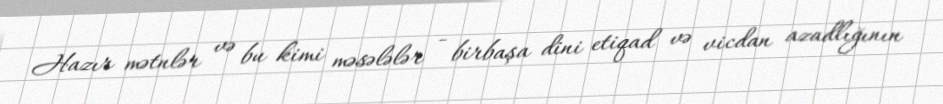
Hazır mətnlər və bu kimi məsələlər - birbaşa dini etiqad və vicdan azadlığının